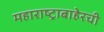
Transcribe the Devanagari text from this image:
महाराष्ट्राबाहेरची